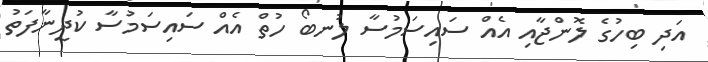
އަދި ބިހުގެ ލޮންޖާއި އެއް ސައިސަމުސާ ލުނބޯ ހުތް އެއް ސައިސަމުސާ ކުދީނާފަތު